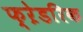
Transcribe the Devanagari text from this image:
फ्ऱेडरिक